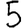
Digit: 5